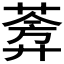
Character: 𬝧